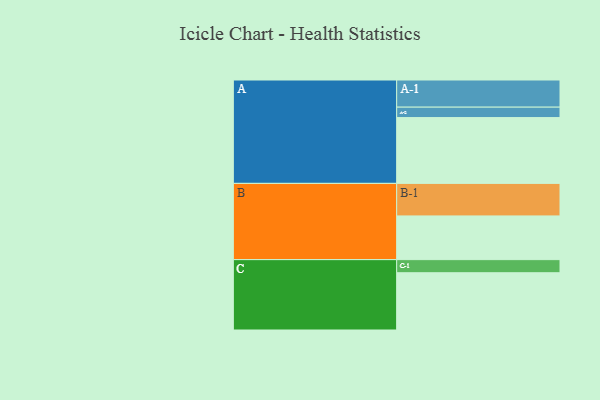
{"axis": {"x": "Segment", "y": "Value"}, "legend": ["", "A", "B", "C"], "data": [{"x": "A", "y": 548, "type": ""}, {"x": "B", "y": 364, "type": ""}, {"x": "C", "y": 477, "type": ""}, {"x": "A-1", "y": 226, "type": "A"}, {"x": "A-2", "y": 87, "type": "A"}, {"x": "B-1", "y": 271, "type": "B"}, {"x": "C-1", "y": 109, "type": "C"}]}